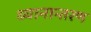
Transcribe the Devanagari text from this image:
ध्यानान्तरण